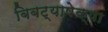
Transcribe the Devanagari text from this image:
बिबट्यापेक्षा